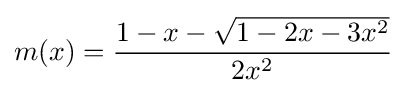
m(x)={\frac {1-x-{\sqrt {1-2x-3x^{2}}}}{2x^{2}}}